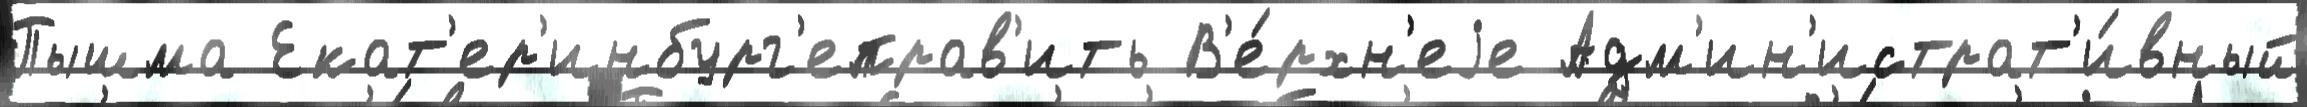
Пышма Екат'ер'инбург'еправ'ить В'е́рхн'еjе Адм'ин'истрат'и́вный